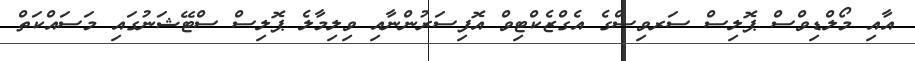
އާއި މޯލްޑިވްސް ޕޮލިސް ސަރވިސްގެ އެގްޒެކްޓިވް އޮފިސަރުންނާއި ވިލިމާލެ ޕޮލިސް ސްޓޭޝަނުގައި މަސައްކަތް